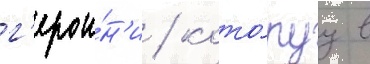
г'ерои́н'и / кото́руу в